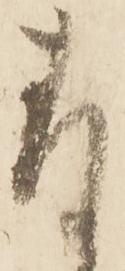
存